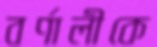
বর্ণালীকে